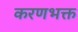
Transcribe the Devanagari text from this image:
करणभक्त